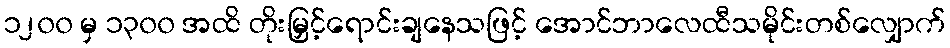
၁၂၀၀ မှ ၁၃၀၀ အထိ တိုးမြှင့်ရောင်းချနေသဖြင့် အောင်ဘာလေထီသမိုင်းတစ်လျှောက်